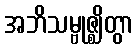
အဘိသမ္ဗုဇ္ဈိတွာ